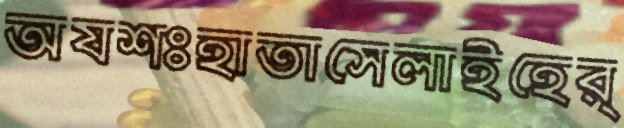
অযশঃহাতাসেলাইহের্